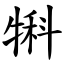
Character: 犐